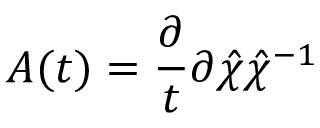
A ( t ) = \frac { \partial } { t } { \partial \hat { \chi } } \hat { \chi } ^ { - 1 }